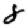
Digit: 8